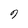
Character: 9